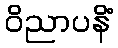
ဝိညာပနိံ